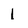
Character: I